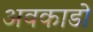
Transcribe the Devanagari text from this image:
अवकाडाे